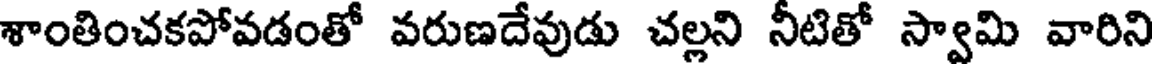
శాంతించకపోవడంతో వరుణదేవుడు చల్లని నీటితో స్వామి వారిని